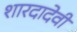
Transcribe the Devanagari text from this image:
शारदादेवी